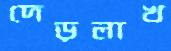
দেড়লাখ